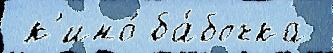
 к'ино́ ба́бочка